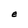
Character: e